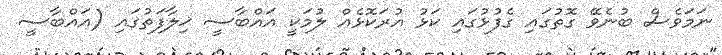
ނަމަވެސް ބުނެވޭ ގޮތުގައި ގެފުޅުގައި ކަޅު އުރަކޮޅެއް ލުމަކީ އައްބާސީ ޚިލާފަތުގައި (އައްބާސީ